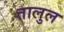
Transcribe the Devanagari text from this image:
तालुल